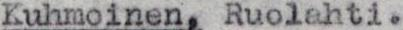
Kuhmoinen, Ruolahti.